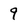
Character: 9